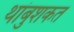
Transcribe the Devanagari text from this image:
थांबुशकत